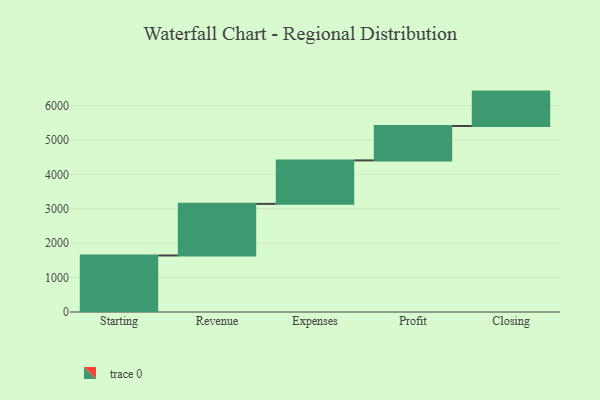
{"axis": {"x": "Step", "y": "Value"}, "legend": [""], "data": [{"x": "Starting", "y": 1643.0, "type": ""}, {"x": "Revenue", "y": 1501.0, "type": ""}, {"x": "Expenses", "y": 1264.0, "type": ""}, {"x": "Profit", "y": 1000, "type": ""}, {"x": "Closing", "y": 1000, "type": ""}]}